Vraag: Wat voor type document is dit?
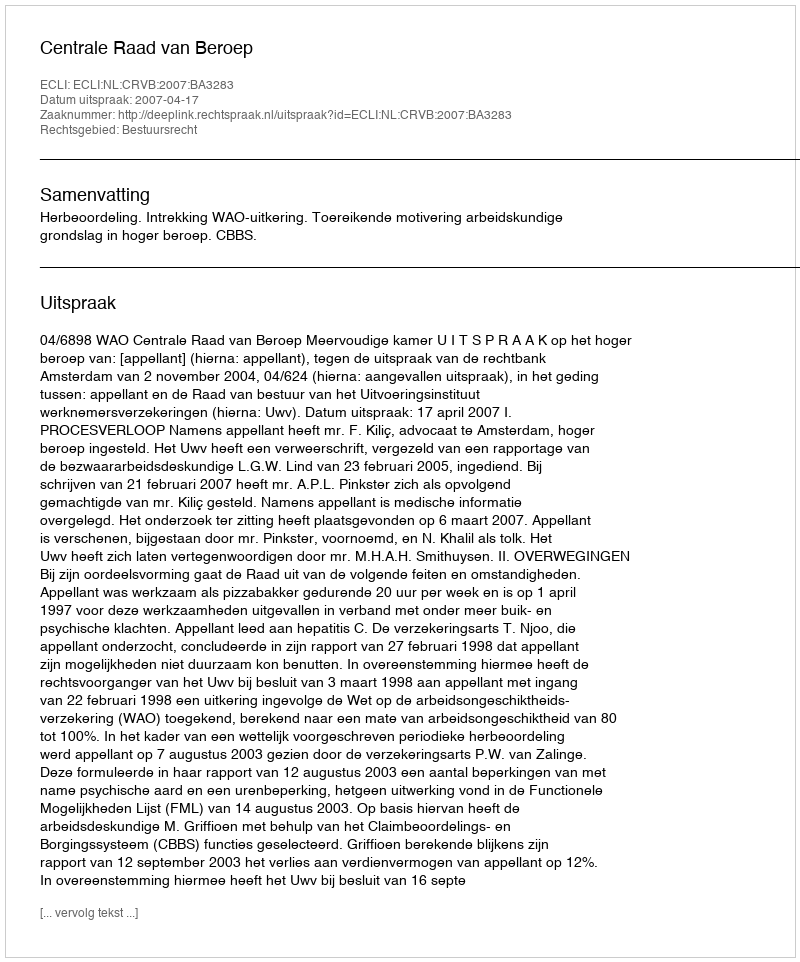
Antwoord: Uitspraak